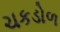
ચકડોળ